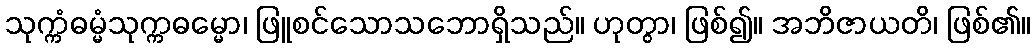
သုက္ကံဓမ္မံသုက္ကဓမ္မော၊ ဖြူစင်သောသဘောရှိသည်။ ဟုတွာ၊ ဖြစ်၍။ အဘိဇာယတိ၊ ဖြစ်၏။